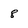
Character: 8